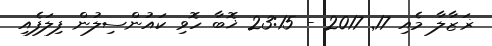
ޜަޒާލާ މެއި 17